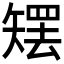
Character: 𰦜